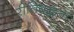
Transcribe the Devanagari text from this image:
रीतिबद्धता